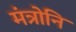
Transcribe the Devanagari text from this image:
मंत्रोनि